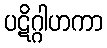
ပဋိဂ္ဂါဟကာ